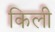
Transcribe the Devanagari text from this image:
किली